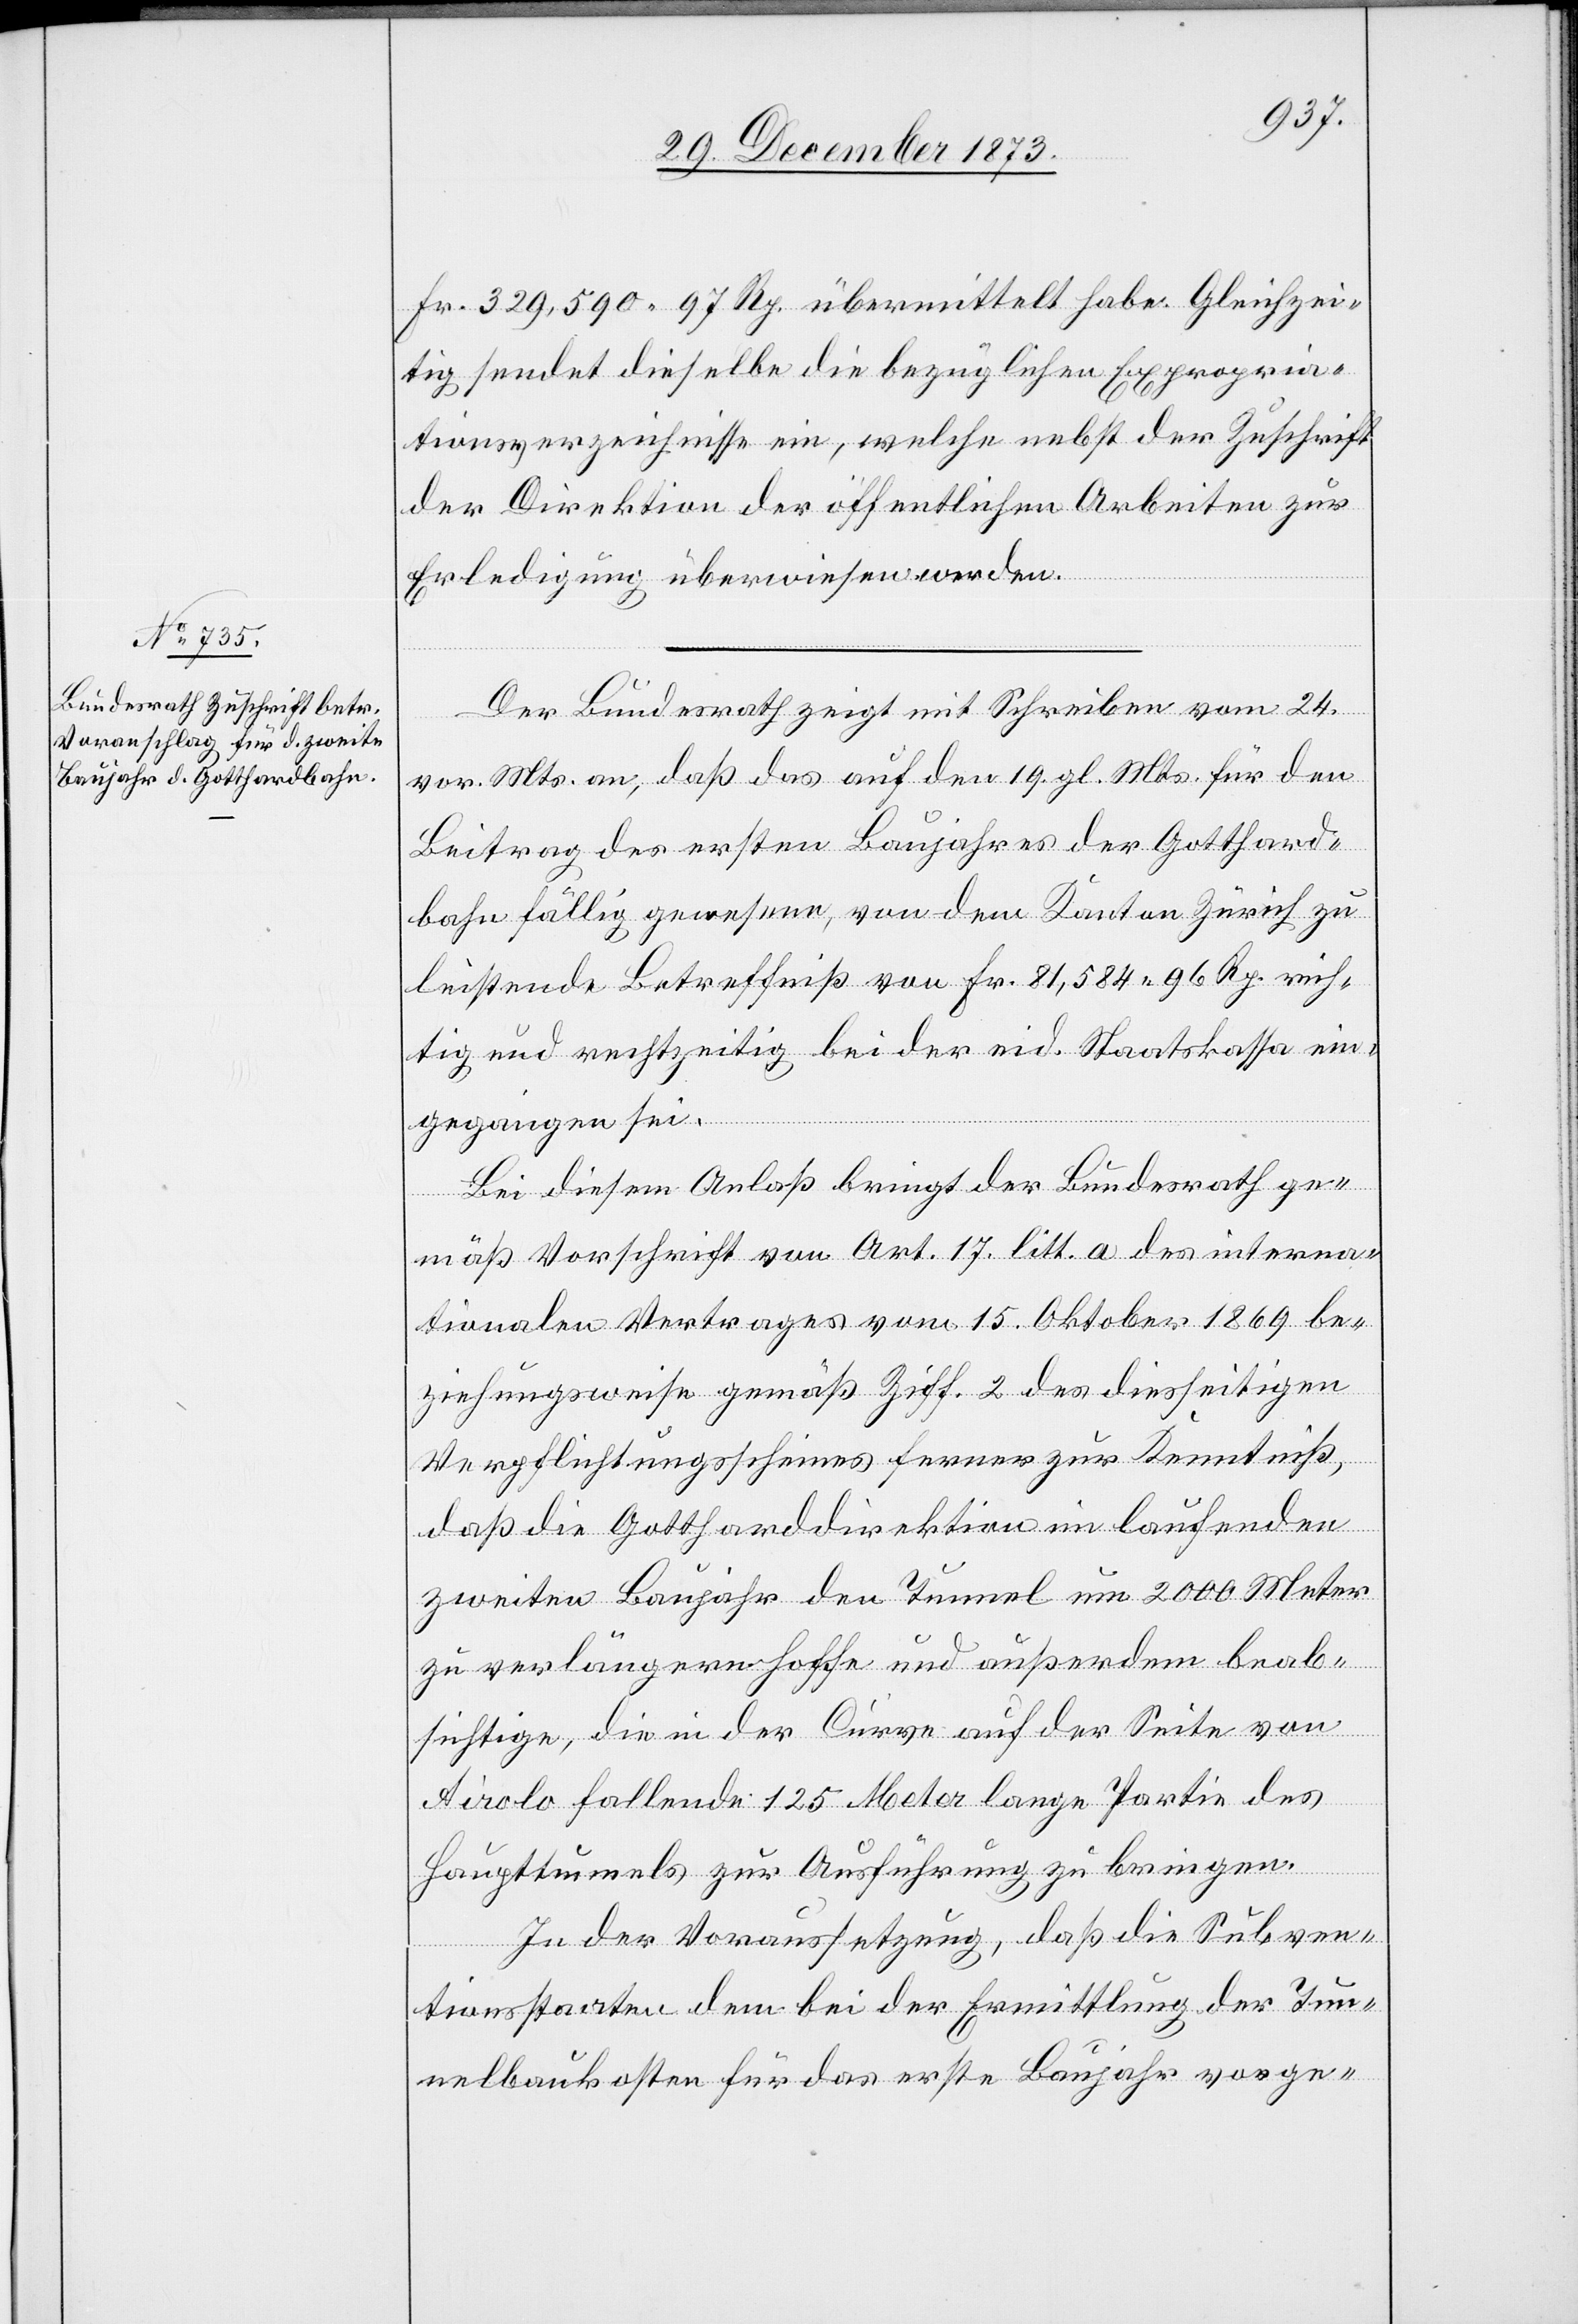
Fr. 329,590 97 Rp. übermittelt habe. Gleichzei¬
tig sendet dieselbe die bezüglichen Expropria¬
tionsverzeichnisse ein, welche nebst der Zuschrift
der Direktion der öffentlichen Arbeiten zur
Erledigung überwiesen werden.
Der Bundesrath zeigt mit Schreiben vom 24.
vor. Mts. an, daß das auf den 19. gl. Mts. für den
Beitrag des ersten Baujahres der Gotthard¬
bahn fällig gewesene, von dem Kanton Zürich zu
leistende Betreffniß von Fr. 81,584 96 Rp. rich¬
tig und rechtzeitig bei der eid. Staatskassa ein¬
gegangen sei.
Bei diesem Anlaß bringt der Bundesrath ge¬
mäß Vorschrift von Art. 17 litt. a des interna¬
tionalen Vertrages vom 15. Oktober 1869 be¬
ziehungsweise gemäß Ziff. 2 des diesseitigen
Verpflichtungsscheines ferner zur Kenntniß,
daß die Gottharddirektion im laufenden
zweiten Baujahr den Tunnel um 2 000 Meter
zu verlängern hoffe und außerdem beab¬
sichtige, die in der Curve auf der Seite von
Airolo fallende 125 Meter lange Partie des
Haupttunnels zur Ausführung zu bringen.
In der Voraussetzung, daß die Subven¬
tionsstaaten dem bei der Ermittlung der Tun¬
nelbaukosten für das erste Baujahr vorge-